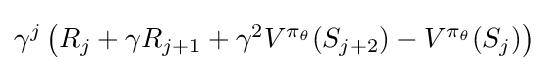
{\textstyle \gamma ^{j}\left(R_{j}+\gamma R_{j+1}+\gamma ^{2}V^{\pi _{\theta }}(S_{j+2})-V^{\pi _{\theta }}(S_{j})\right)}